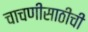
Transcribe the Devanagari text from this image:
चाचणीसाठीची